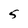
Character: 5